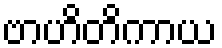
ဗာဟိတိကာယ